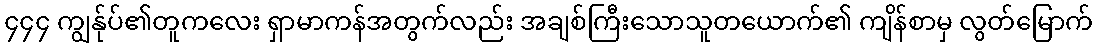
၄၄၄ ကျွန်ုပ်၏တူကလေး ရှာမာကန်အတွက်လည်း အချစ်ကြီးသောသူတယောက်၏ ကျိန်စာမှ လွတ်မြောက်